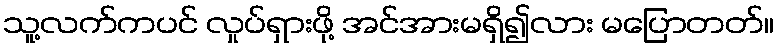
သူ့လက်ကပင် လှုပ်ရှားဖို့ အင်အားမရှိ၍လား မပြောတတ်။